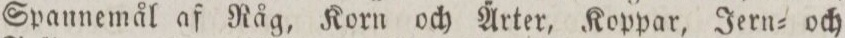
Spannemål af Råg, Korn och Ärter, Koppar, Jern= och